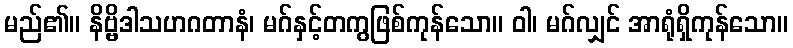
မည်၏။ နိဗ္ဗိဒါသဟဂတာနံ၊ မဂ်နှင့်တကွဖြစ်ကုန်သော။ ဝါ၊ မဂ်လျှင် အာရုံရှိကုန်သော။